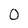
Character: 0